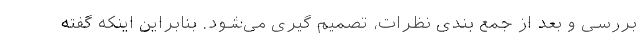
بررسی و بعد از جمع بندی نظرات، تصمیم گیری می‌شود. بنابراین اینکه گفته